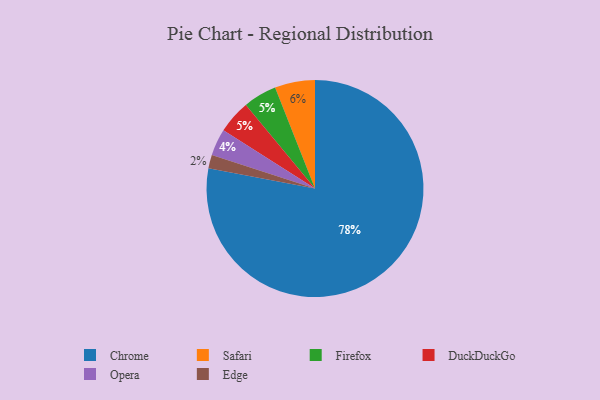
{"axis": {"x": "Category", "y": "Percentage"}, "legend": ["Chrome", "DuckDuckGo", "Edge", "Firefox", "Opera", "Safari"], "data": [{"x": "Chrome", "y": 78, "type": "Chrome"}, {"x": "Safari", "y": 6, "type": "Safari"}, {"x": "Firefox", "y": 5, "type": "Firefox"}, {"x": "DuckDuckGo", "y": 5, "type": "DuckDuckGo"}, {"x": "Edge", "y": 2, "type": "Edge"}, {"x": "Opera", "y": 4, "type": "Opera"}]}